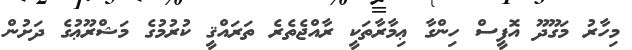
މިހާރު މަގޫދޫ އޮފީސް ހިންގާ ޢިމާރާތަކީ ރާއްޖެތެރެ ތަރައްޤީ ކުރުމުގެ މަޝްރޫޢުގެ ދަށުން